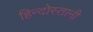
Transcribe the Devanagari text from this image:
हिन्दोस्तानी